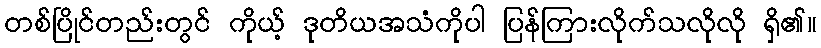
တစ်ပြိုင်တည်းတွင် ကိုယ့် ဒုတိယအသံကိုပါ ပြန်ကြားလိုက်သလိုလို ရှိ၏။